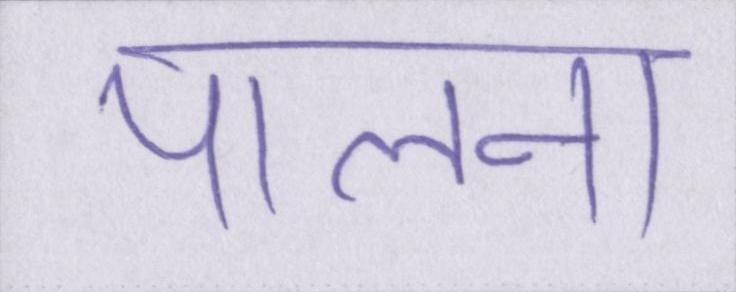
पालना